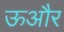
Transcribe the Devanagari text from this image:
ऊऔर